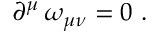
\partial ^ { \mu } \, \omega _ { \mu \nu } = 0 \ .